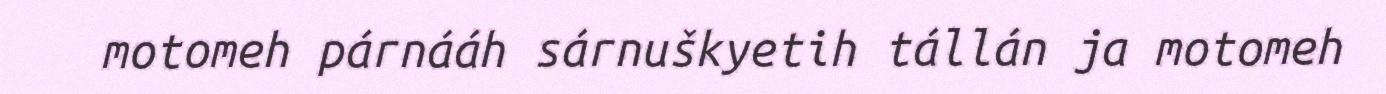
motomeh párnááh sárnuškyetih tállán ja motomeh